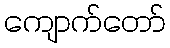
ကျောက်တော်